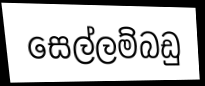
සෙල්ලම්බඩු